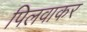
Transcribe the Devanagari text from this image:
पिलवाकर